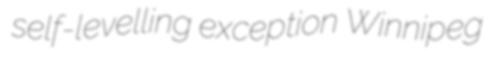
self-levelling exception Winnipeg